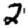
Digit: 2